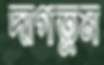
দাগতুম